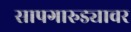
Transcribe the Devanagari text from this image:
सापगारुड्यावर